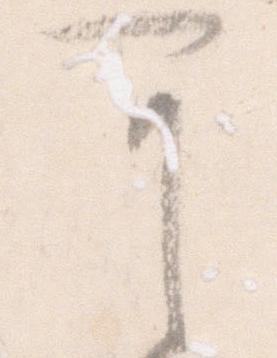
可